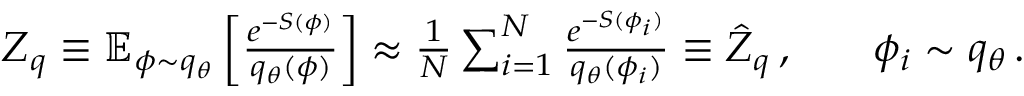
\begin{array} { r l r } { Z _ { q } \equiv \mathbb { E } _ { \phi \sim q _ { \theta } } \left[ \frac { e ^ { - S ( \phi ) } } { q _ { \theta } ( \phi ) } \right] \approx \frac { 1 } { N } \sum _ { i = 1 } ^ { N } \frac { e ^ { - S ( \phi _ { i } ) } } { q _ { \theta } ( \phi _ { i } ) } \equiv \hat { Z } _ { q } \, , } & { } & { \phi _ { i } \sim q _ { \theta } \, . } \end{array}